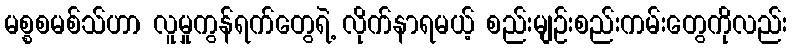
မစ္စစမစ်သ်ဟာ လူမှုကွန်ရက်တွေရဲ့ လိုက်နာရမယ့် စည်းမျဉ်းစည်းကမ်းတွေကိုလည်း